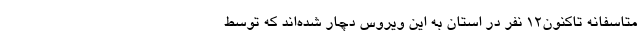
متاسفانه تاکنون12 نفر در استان به این ویروس دچار شده‌اند که توسط